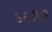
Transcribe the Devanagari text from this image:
५६३७